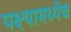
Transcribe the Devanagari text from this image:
पक्ष्यामध्येच